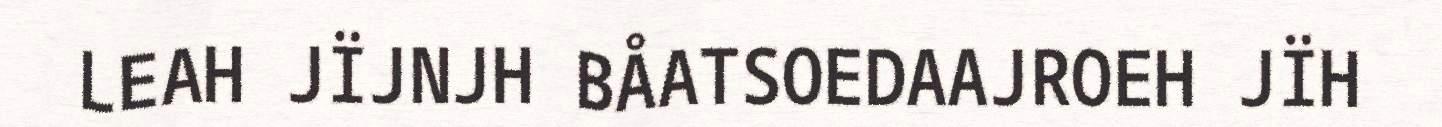
LEAH JÏJNJH BÅATSOEDAAJROEH JÏH